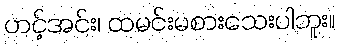
ဟင့်အင်း၊ ထမင်းမစားသေးပါဘူး။